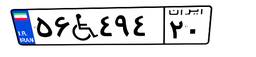
۲۰W۱۴۷۲۲